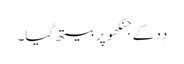
دِدِ کے جنگھو پر بیتھ گیا۔